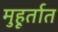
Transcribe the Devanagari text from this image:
मुहूर्तात